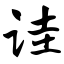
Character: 诖